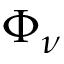
\Phi _ { \nu }